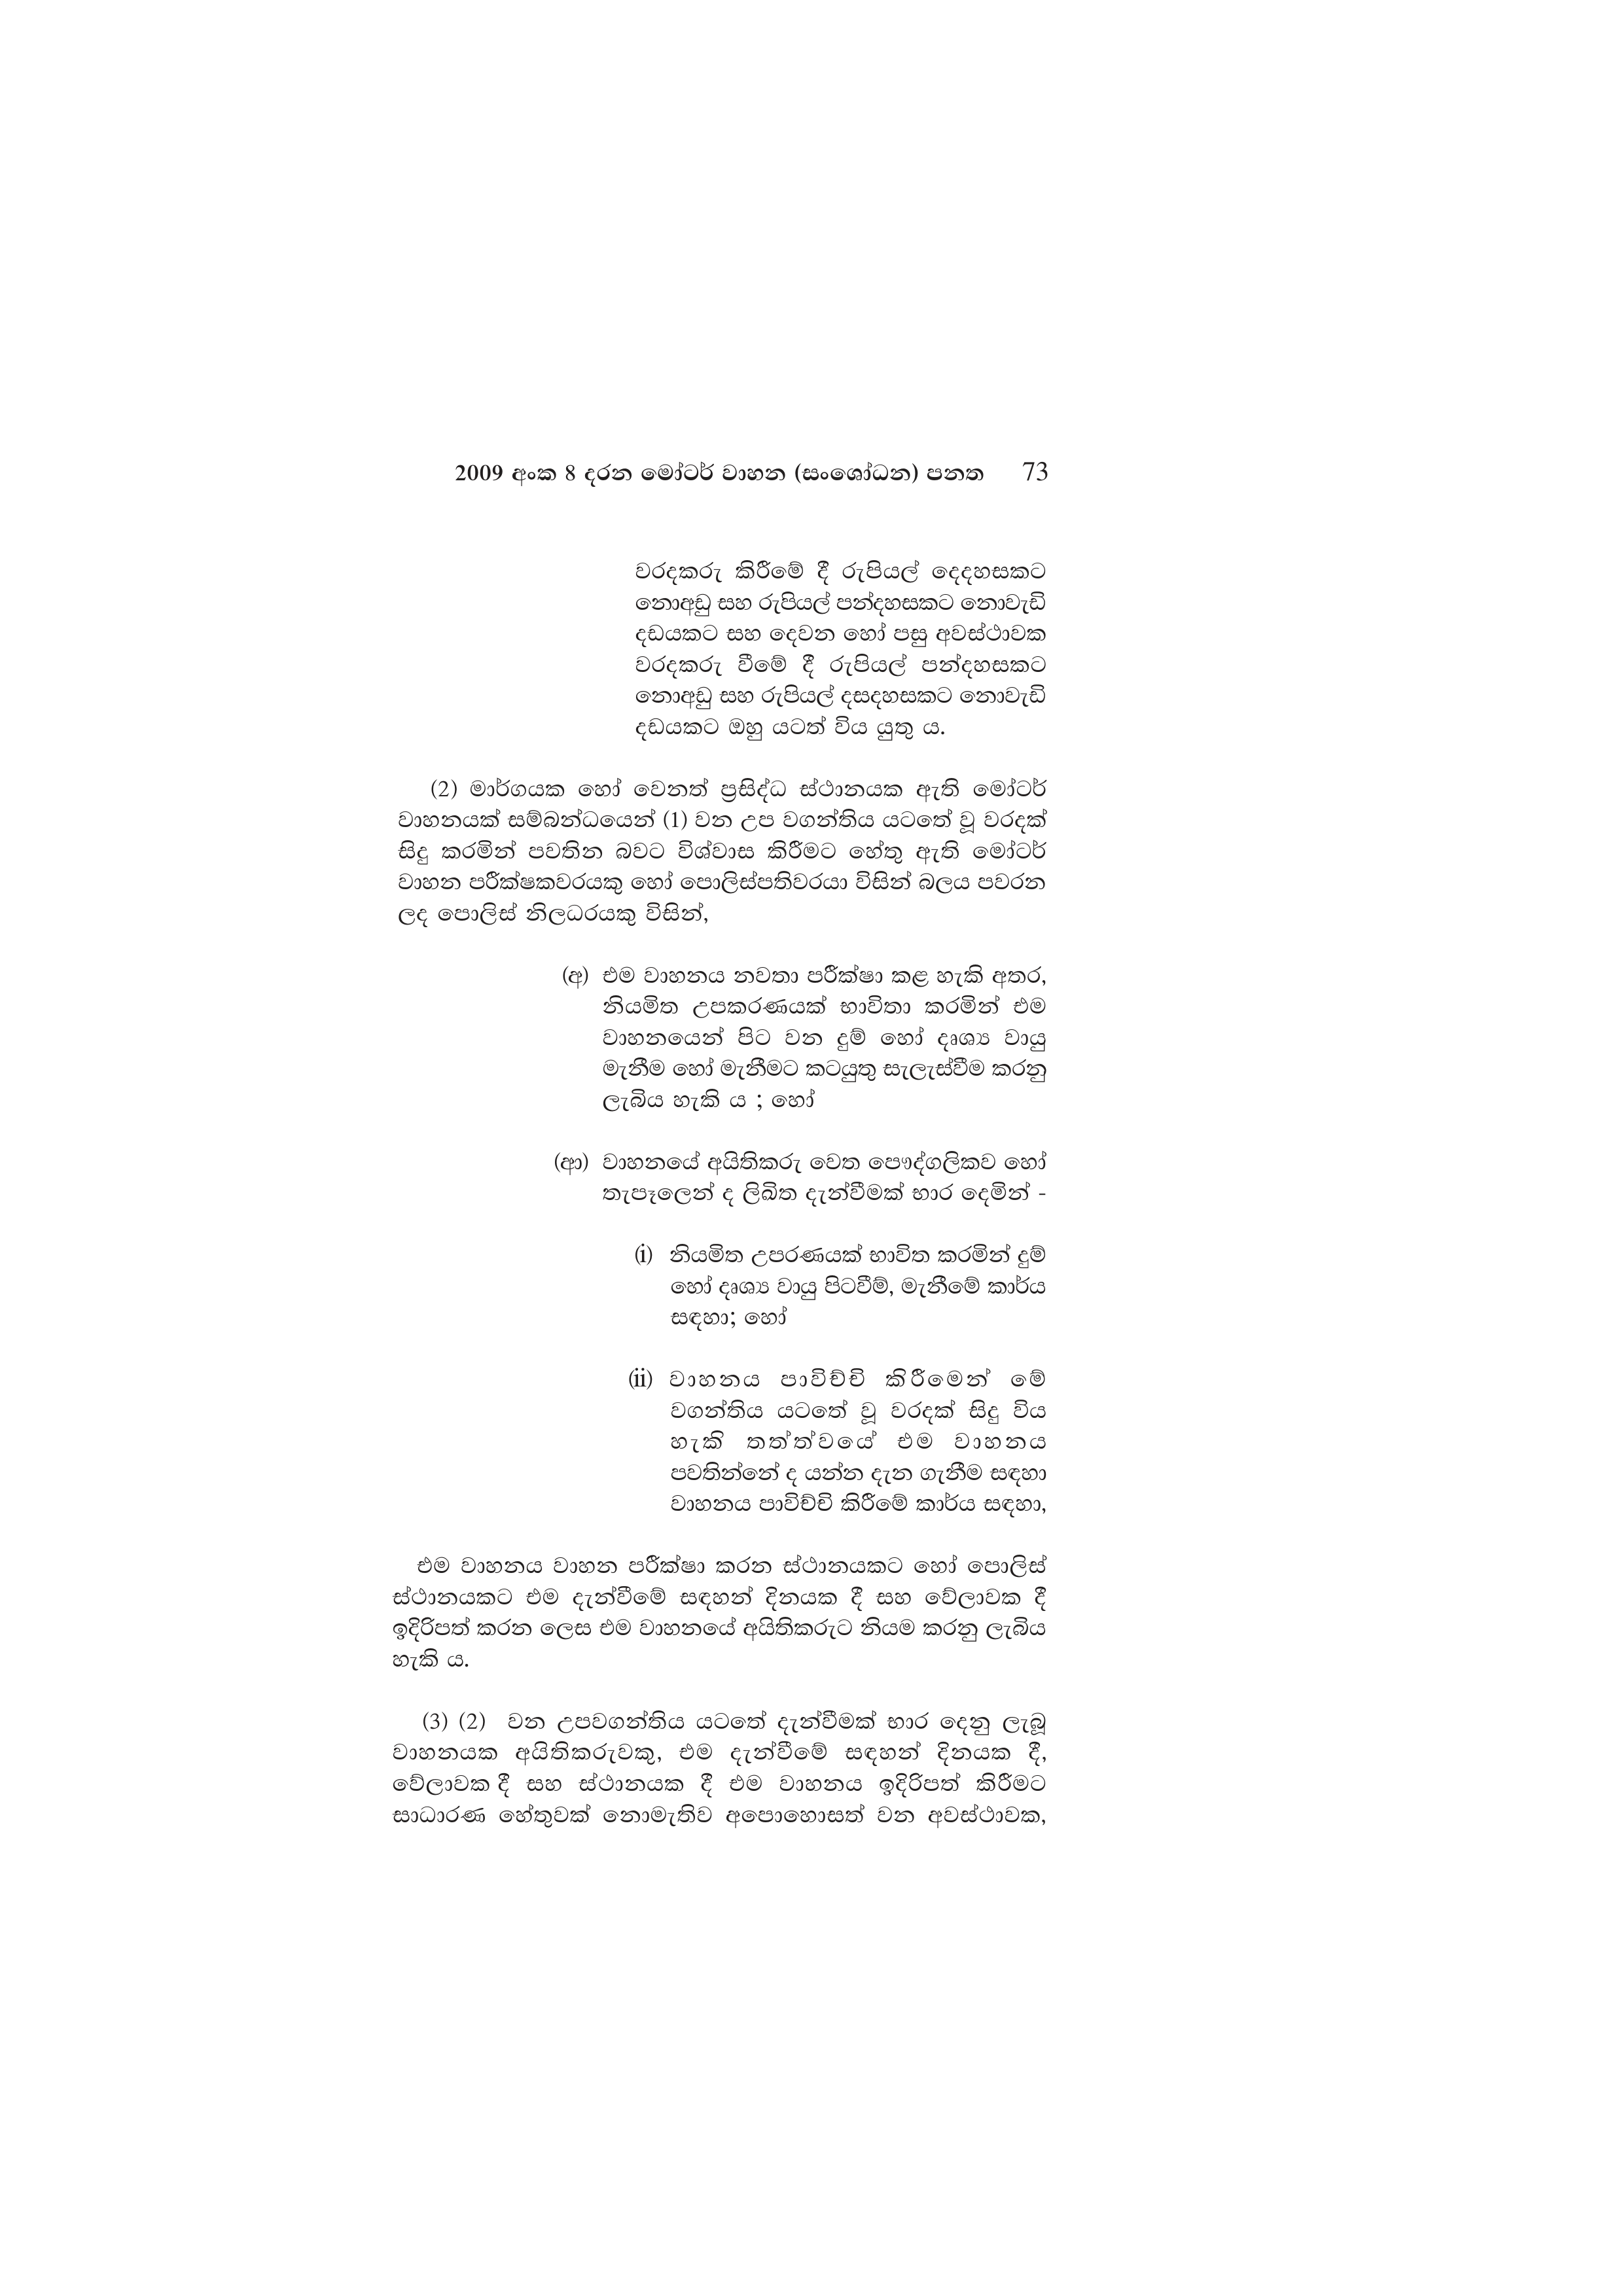
2009 අංක 8 දරන මෝටර් වාහන (සංශෝධන) පනත 73

වරදකරු කිරීමේ දී රුපියල් දෙදහසකට
නොඅඩු සහ රුපියල් පන්දහසකට නොවැඩි
දඩයකට සහ දෙවන හෝ පසු අවස්ථාවක
වරදකරු වීමේ දී රුපියල් පන්දහසකට
නොඅඩු සහ රුපියල් දසදහසකට නොවැඩි
දඩයකට ඔහු යටත් විය යුතු ය.

(2) මාර්ගයක හෝ වෙනත් ප්‍රසිද්ධ ස්ථානයක ඇති මෝටර්
වාහනයක් සම්බන්ධයෙන් (1) වන උප වගන්තිය යටතේ වූ වරදක්
සිදු කරමින් පවතින බවට විශ්වාස කිරීමට හේතු ඇති මෝටර්
වාහන පරීක්ෂකවරයකු හෝ පොලිස්පතිවරයා විසින් බලය පවරන
ලද පොලිස් නිලධරයකු විසින්,

(අ) එම වාහනය නවතා පරීක්ෂා කළ හැකි අතර,
නියමිත උපකරණයක් භාවිතා කරමින් එම
වාහනයෙන් පිට වන දුම් හෝ දෘශ්‍ය වායු
මැනීම හෝ මැනීමට කටයුතු සැලැස්වීම කරනු
ලැබිය හැකි ය ; හෝ

(ආ) වාහනයේ අයිතිකරු වෙත පෞද්ගලිකව හෝ
තැපෑලෙන් ද ලිඛිත දැන්වීමක් භාර දෙමින් -

(i) නියමිත උපරණයක් භාවිත කරමින් දුම්
හෝ දෘශ්‍ය වායු පිටවීම්, මැනීමේ කාර්ය
සඳහා; හෝ

(ii) වාහනය පාවිච්චි කිරීමෙන් මේ
වගන්තිය යටතේ වූ වරදක් සිදු විය
හැකි තත්වයේ එම වාහනය
පවතින්නේ ද යන්න දැන ගැනීම සඳහා
වාහනය පාවිච්චි කිරීමේ කාර්ය සඳහා,

එම වාහනය වාහන පරීක්ෂා කරන ස්ථානයකට හෝ පොලිස්
ස්ථානයකට එම දැන්වීමේ සඳහන් දිනයක දී සහ වේලාවක දී
ඉදිරිපත් කරන ලෙස එම වාහනයේ අයිතිකරුට නියම කරනු ලැබිය
හැකි ය.

(3) (2) වන උපවගන්තිය යටතේ දැන්වීමක් භාර දෙනු
වාහනයක අයිතිකරුවකු, එම දැන්වීමේ සඳහන් දිනයක දී,
වේලාවක දී සහ ස්ථානයක දී එම වාහනය ඉදිරිපත් කිරීමට
සාධාරණ හේතුවක් නොමැතිව අපොහොසත් වන අවස්ථාවක,